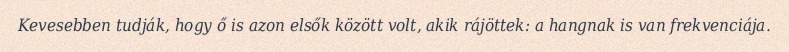
Kevesebben tudják, hogy ő is azon elsők között volt, akik rájöttek: a hangnak is van frekvenciája.